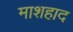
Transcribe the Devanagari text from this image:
माशहाद